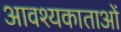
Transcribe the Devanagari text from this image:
आवश्यकाताओं